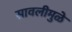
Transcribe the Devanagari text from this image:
सावलीमुळे